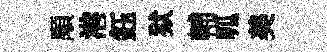
顒港鈺狱輔呱美